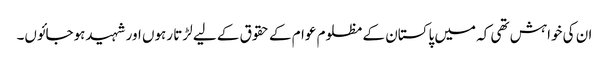
ان کی خواہش تھی کہ میں پاکستان کے مظلوم عوام کے حقوق کے لیے لڑتا رہوں اور شہیدہوجائوں۔